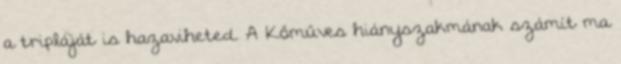
a tripláját is hazaviheted. A Kőműves hiányszakmának számít ma